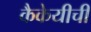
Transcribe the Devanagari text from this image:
कैकेयीची